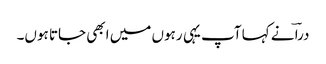
دراؔ نے کہا آپ یہی رہوں میں ابھی جاتا ہوں۔